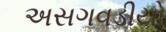
અસગવડીયો